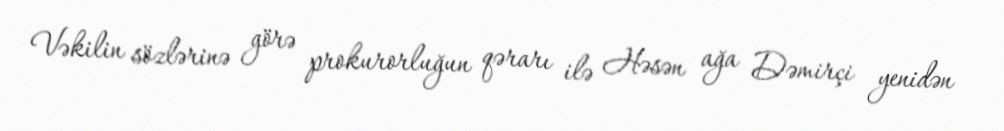
Vəkilin sözlərinə görə prokurorluğun qərarı ilə Həsən ağa Dəmirçi yenidən